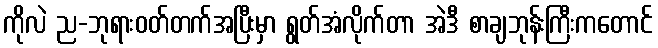
ကိုလဲ ည-ဘုရားဝတ်တက်အပြီးမှာ ရွတ်အံလိုက်တာ အဲဒီ စာချဘုန်းကြီးကတောင်